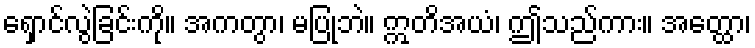
ရှောင်လွဲခြင်းကို။ အကတွာ၊ မပြုဘဲ။ ဣတိအယံ၊ ဤသည်ကား။ အတ္ထော၊